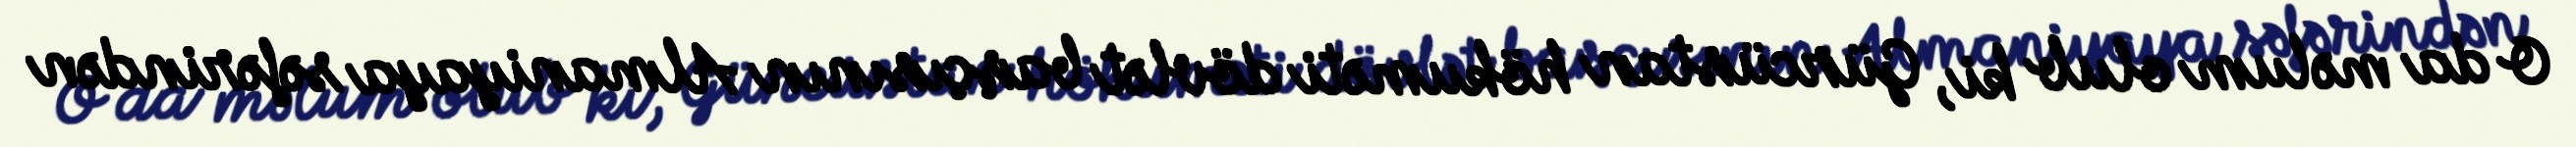
O da məlum olub ki, Gürcüstan hökuməti dövlət başçısının Almaniyaya səfərindən